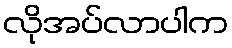
လိုအပ်လာပါက